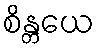
စိန္တယေ